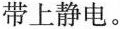
带上静电。